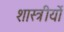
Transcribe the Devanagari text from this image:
शास्त्रीयों